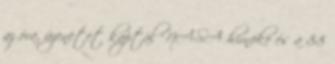
az óra, üzenetet kaptál NASA hírnöke és a 88